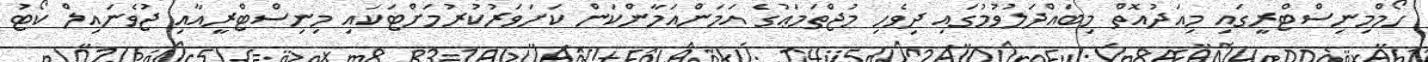
ހޯމްމިނިސްޓްރީގައި މިއަދުއޮތް މިބައްދަލުވުމުގައި ދިވެހި މުޖްތަމަޢުގެ އަމަންއަމާންކަން ކަށަވަރުކުރުމަށްޓަކައި މިނިސްޓްރީއާއި ޖުވެނައިލް ކޯޓު